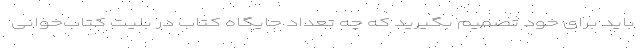
باید برای خود تصمیم بگیرید که چه تعداد جایگاه کتاب در بلیت کتاب‌خوانی